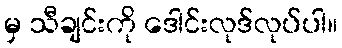
မှ သီချင်းကို ဒေါင်းလုဒ်လုပ်ပါ။